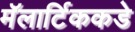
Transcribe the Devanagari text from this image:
मॅलार्टिककडे